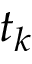
t _ { k }